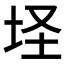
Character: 𱖜